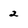
Character: 2